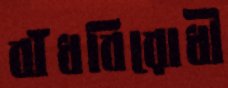
বাঁধবিরোধী